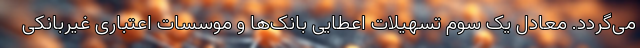
می‌گردد. معادل یک سوم تسهیلات اعطایی بانک‌ها و موسسات اعتباری غیربانکی